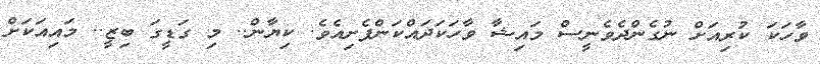
ވާހަކަ ކުރިއަށް ނުގެންދެވެނީސް މައިޝާ ވާހަކަދައްކަންފެށިއެވެ. ކިޔާން.. މި ގަޑީގަ ބިޒީ.. މައިއަކަށް